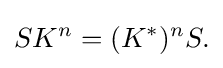
\displaystyle {SK^{n}=(K^{*})^{n}S.}